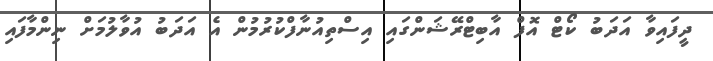
ދީފައިވާ އަދަބު ކޯޓް އޮފް އާބިޓްރޭޝަންގައި އިސްތިއުނާފްކުރުމުން އެ އަދަބު އުވާލުމަށް ނިންމާފައި